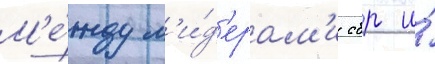
М'е́жду л'и́д'ерам'и сбр и́